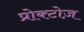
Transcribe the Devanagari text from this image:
प्रोक्टोज़